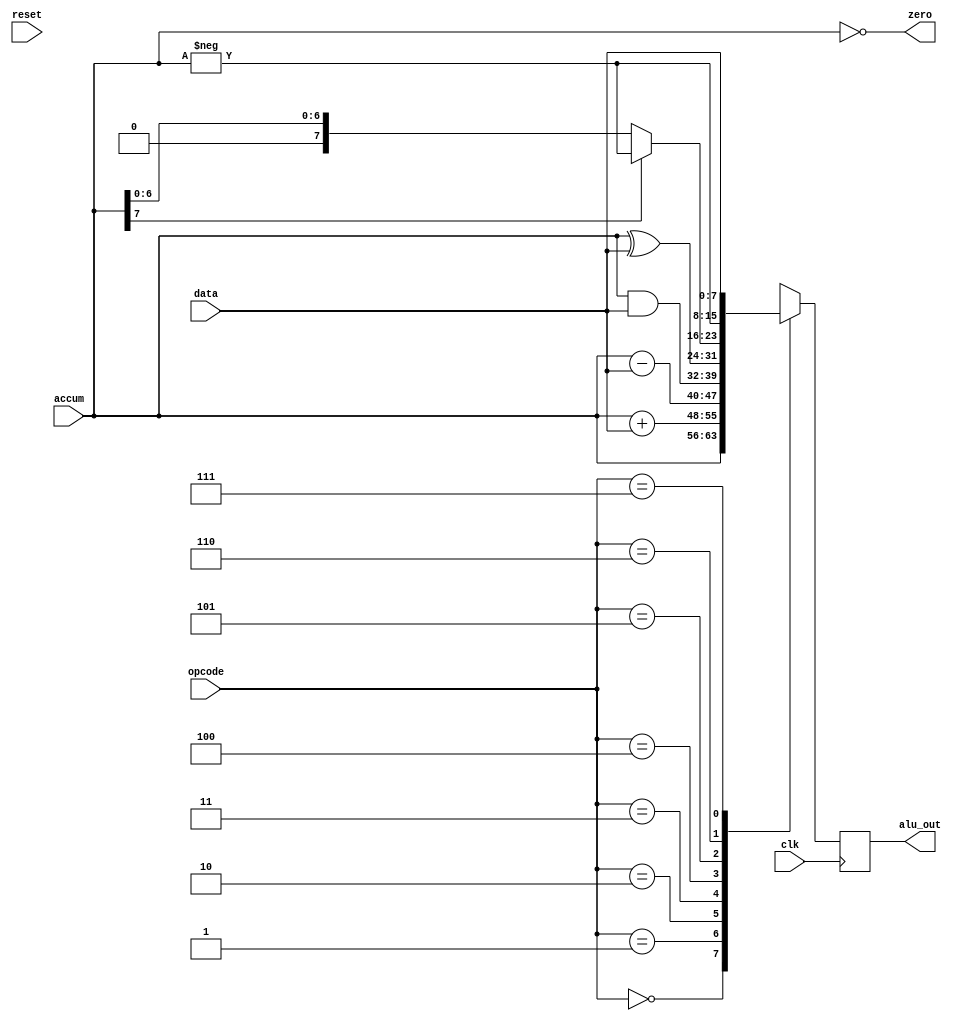
module alu(output [7:0] alu_out,input [7:0] accum,input [7:0] data,input [2:0] opcode,output zero,input clk,input reset);

// modeling your design here !!
    
    reg[7:0] alu_outr;
    
    assign zero = !accum;
    assign alu_out = alu_outr;
    
    always @(posedge clk) begin
        if (reset) begin
            alu_outr <= 0;
        end
        case (opcode)
            3'b000:alu_outr = accum;
            3'b001:alu_outr = accum + data;
            3'b010:alu_outr = accum - data;
            3'b011:alu_outr = accum & data;
            3'b100:alu_outr = accum ^ data;
            3'b101:alu_outr = (accum[7]) ? -accum : accum;
            3'b110:alu_outr = -accum; 
            3'b111:alu_outr = data;
            default:alu_outr = 0;
        endcase
    end



endmodule